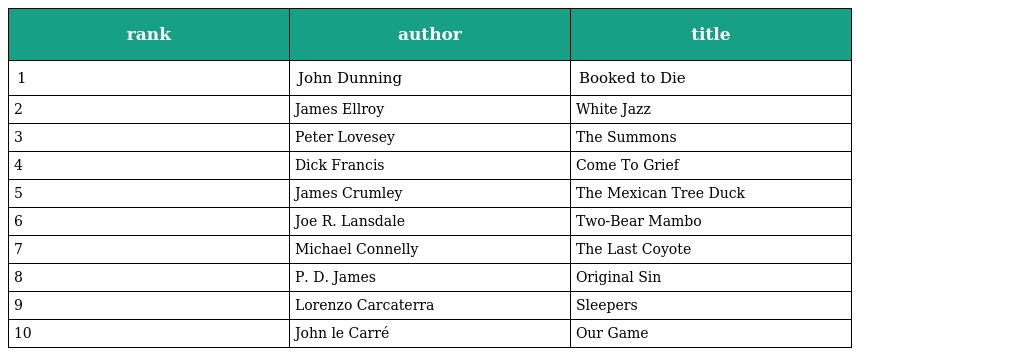
| rank | author | title |
 | --- | --- | --- |
 | 1 | John Dunning | Booked to Die |
 | 2 | James Ellroy | White Jazz |
 | 3 | Peter Lovesey | The Summons |
 | 4 | Dick Francis | Come To Grief |
 | 5 | James Crumley | The Mexican Tree Duck |
 | 6 | Joe R. Lansdale | Two-Bear Mambo |
 | 7 | Michael Connelly | The Last Coyote |
 | 8 | P. D. James | Original Sin |
 | 9 | Lorenzo Carcaterra | Sleepers |
 | 10 | John le Carré | Our Game |